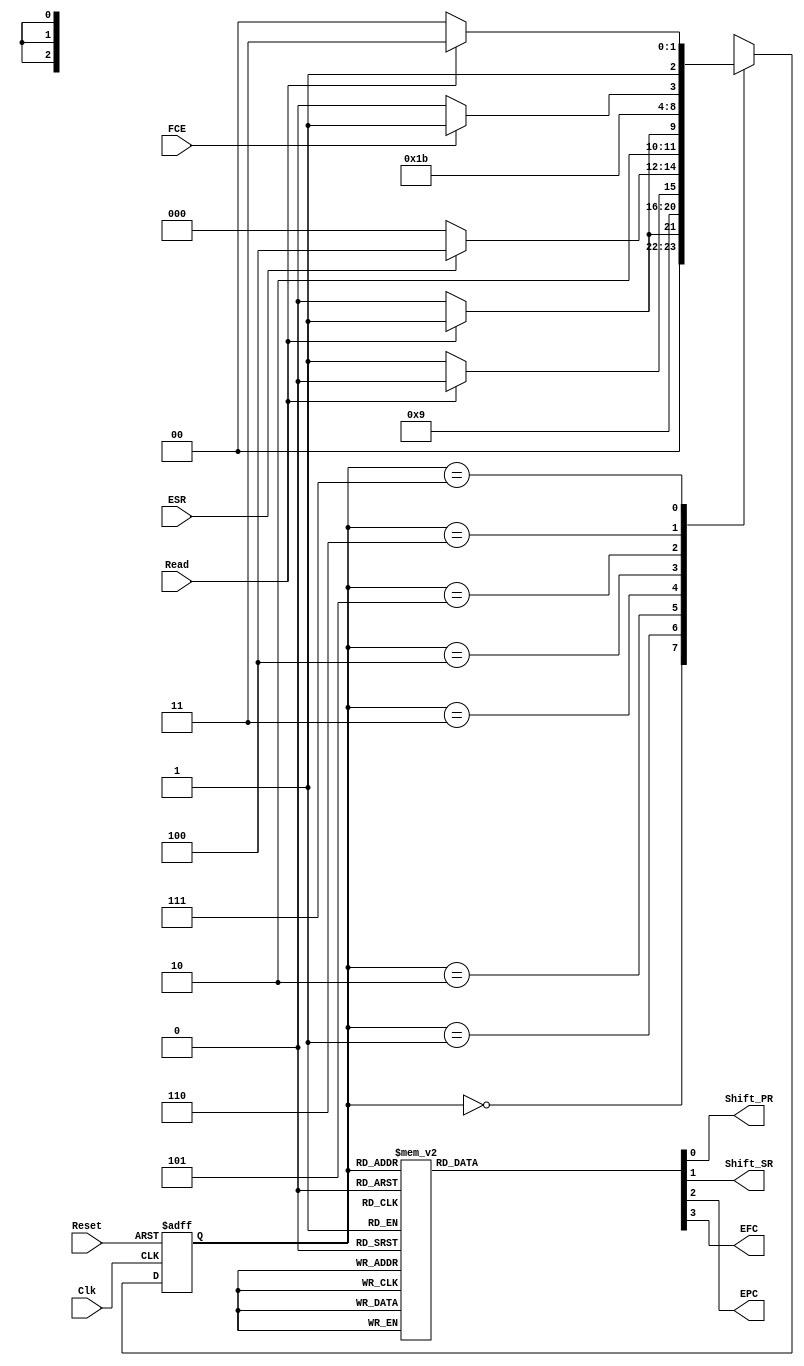
`timescale 1ns / 1ps
//////////////////////////////////////////////////////////////////////////////////
// Company: 
// Engineer: 
// 
// Design Name: 
// Module Name: Maquina_Estados
// Project Name: 
// Target Devices: 
// Tool Versions: 
// Description: 
// 
// Dependencies: 
// 
// Revision:
// Revision 0.01 - File Created
// Additional Comments:
// 
//////////////////////////////////////////////////////////////////////////////////


module Maquina_Estados(Clk,Reset,Read,ESR,FCE,Shift_PR,Shift_SR,EPC,EFC);
    
    //--Input Ports-- 
    input Clk;
    input Reset;
    input Read;
    input ESR;
    input FCE;
    
    //--Output Ports-- 
    output reg Shift_PR;
    output reg Shift_SR;
    output reg EPC;
    output reg EFC;
    
    //registros de estado
    reg [2:0] PRE,FUT;
    parameter T0=3'b000, T1=3'b001,T2=3'b010,T3=3'b011, T4=3'b100, T5=3'b101,T6=3'b110,T7=3'b111;
    
    //registro de transicion de estado
    always @(negedge Clk or posedge Reset)
        if(Reset)
            PRE=0;
        else
            PRE=FUT;
                
    //red de estado futuro
    always  @(PRE or Read or ESR or FCE)
        case (PRE)
            T0:if (Read)
                    FUT=T1;
                else
                    FUT=T0;
            T1: FUT=T2;
            T2:if(Read)
                    FUT=T2;
                else
                    FUT=T3;
            T3: if (ESR)
                    FUT=T4;
                else
                    FUT=T0;
            T4: if (Read)
                    FUT=T5;
                else
                    FUT=T4;
            T5: FUT=T6;
            T6: if (FCE)
                    FUT=T7;
                else
                    FUT=T6;
            T7: if (Read)
                    FUT=T7;
                else
                    FUT=T4;
        endcase
            
    //asignacion de salidas
    always @ (PRE)
        case (PRE)
        
            T0:begin
                    Shift_PR=1'b0;
                    Shift_SR=1'b0;
                    EPC=1'b0;
                    EFC=1'b0;                    
                end
            T1:begin
                    Shift_PR=1'b1;
                    Shift_SR=1'b0;
                    EPC=1'b1;
                    EFC=1'b0;                    
                end
            T2:begin
                    Shift_PR=1'b0;
                    Shift_SR=1'b0;
                    EPC=1'b0;
                    EFC=1'b0;  
                end
            T3:begin
                    Shift_PR=1'b0;
                    Shift_SR=1'b0;
                    EPC=1'b0;
                    EFC=1'b0;
                end
            T4:begin
                    Shift_PR=1'b0;
                    Shift_SR=1'b0;
                    EPC=1'b0;
                    EFC=1'b1;
                end
            T5:begin
                    Shift_PR=1'b0;
                    Shift_SR=1'b1;
                    EPC=1'b0;
                    EFC=1'b1;
                end
            T6:begin
                    Shift_PR=1'b0;
                    Shift_SR=1'b0;
                    EPC=1'b0;
                    EFC=1'b1;
                end
            T7:begin
                    Shift_PR=1'b0;
                    Shift_SR=1'b0;
                    EPC=1'b0;
                    EFC=1'b1;
                end
                   
        endcase
    
    
endmodule